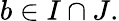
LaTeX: b\in I\cap J.